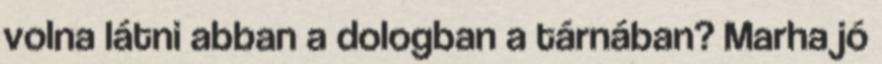
volna látni abban a dologban a tárnában? Marha jó